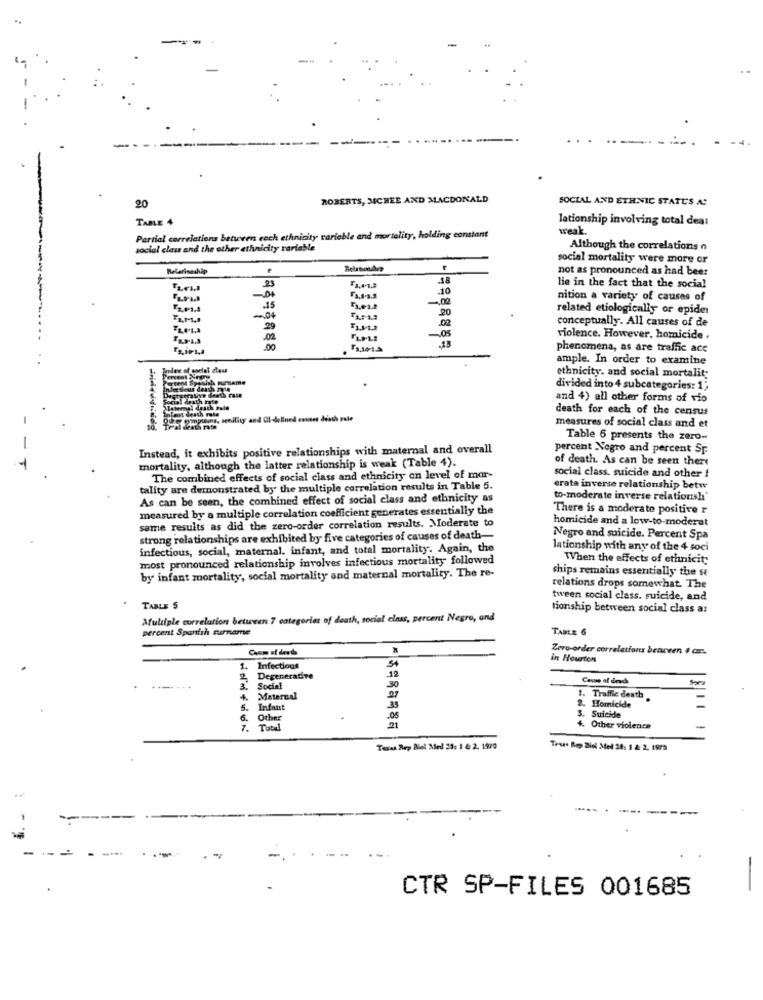
-
ROBERTS, MCBEE AND MACDONALD
SOCIAL AND ETHNIC STATES A:
20
TABLE 4
lationship involving total dea:
weak.
Partial correlations between eoch ethnicity variable and mortality, holding constant
social class and the other ethnicity variable
Although the correlations
social mortality were more or
Relationship
Relationhep
not as pronounced as had beer
2)
lie in the fact that the social
nition a variety of causas of
20
related etiologically or epider
conceptually. All causes of de
.02
FLPL
-. 05
violence. However, homicide .
phenomena, as are traffic acc
ample. In order to examine
en Spanish purname
ethnicity. and social mortality
Sous death note
divided into 4 subcategories: 1;
Focial death rate
and 4) all other forms of vio
Hemel diath Fale
death for each of the census
QU'@ gompleins, senility and Cl-defined envises death rate
measures of social class and et
Table 6 presents the zero-
Instead, it exhibits positive relationships with maternal and overall
percent Negro and percent Sp.
mortality, although the latter relationship is weak (Table 4).
of death. As can be seen there
The combined effects of social class and ethnicity on level of mar-
social class. suicide and other !
tality are demonstrated by the multiple correlation results in Table 5.
crate inverse relationship betw
As can be seen, the combined effect of social class and ethnicity as
to-moderate inverse relationsh'
measured by a multiple correlation coefficient generates essentially the
There is a moderate positive r
same results as did the zero-order correlation results. Moderate to
homicide and a low-to-moderat
strong relationships are exhibited by five categories of causes of death-
Negro and suicide. Percent Spa
infectious, social, maternal. infant, and total mortality. Again, the
lationship with any of the 4 soci
most pronounced relationship involves infectious mortality followed
When the effects of ethnicity
ships remains essentially the st
by infant mortality, social mortality and maternal mortality. The re-
relations drops somewhat. The
tween social class. suicide, and
TABLE 5
tionship between social class a:
Multiple correlation between 7 categories of death, social class, percent Negro, and
percent Spanish rumname
TABLE 6
Caum of des da
Zero-order correlations bearven i ar ..
in Hourton
1. Infections
1.
2
Degenerative
3. Social
4. Maternal
1. Traffic death
2. Homicide
6. Other
3. Suicide
7. Total
4. Other violence
Teres Rep Biel Med 23: 1 @ 2. 1970
Teste Rop Diol Med 24: 1 2: 2, 1979
..
CTR SP-FILES 001685